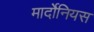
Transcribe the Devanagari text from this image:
मार्दोनियस